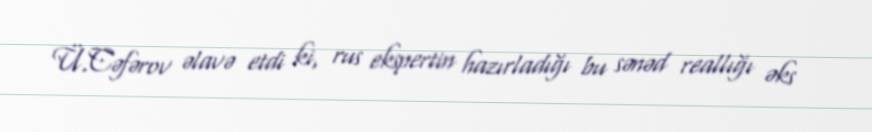
Ü.Cəfərov əlavə etdi ki, rus ekspertin hazırladığı bu sənəd reallığı əks